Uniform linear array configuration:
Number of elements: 8
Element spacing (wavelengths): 0.75
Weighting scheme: kaiser
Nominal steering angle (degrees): -60
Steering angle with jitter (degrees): -60.057
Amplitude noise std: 0.05
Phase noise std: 0.05

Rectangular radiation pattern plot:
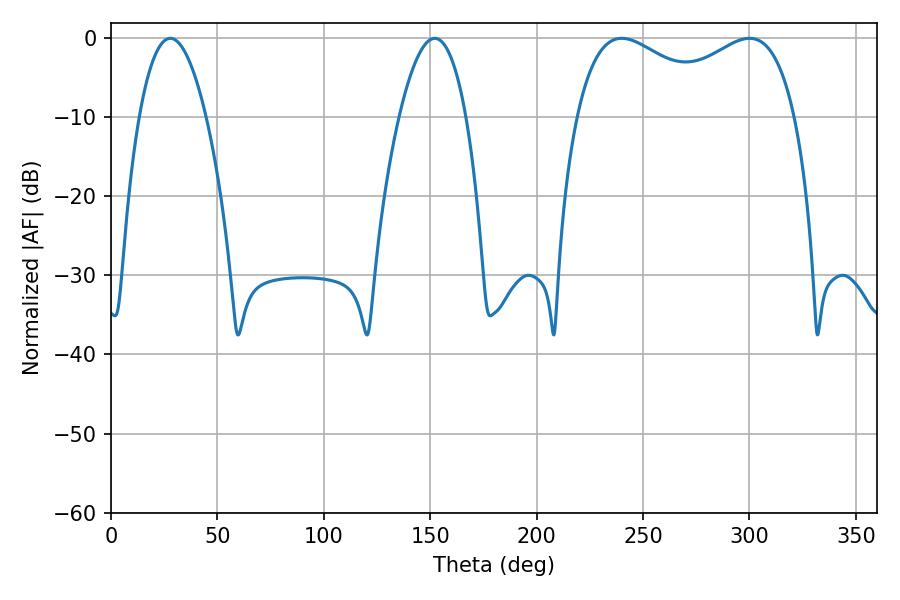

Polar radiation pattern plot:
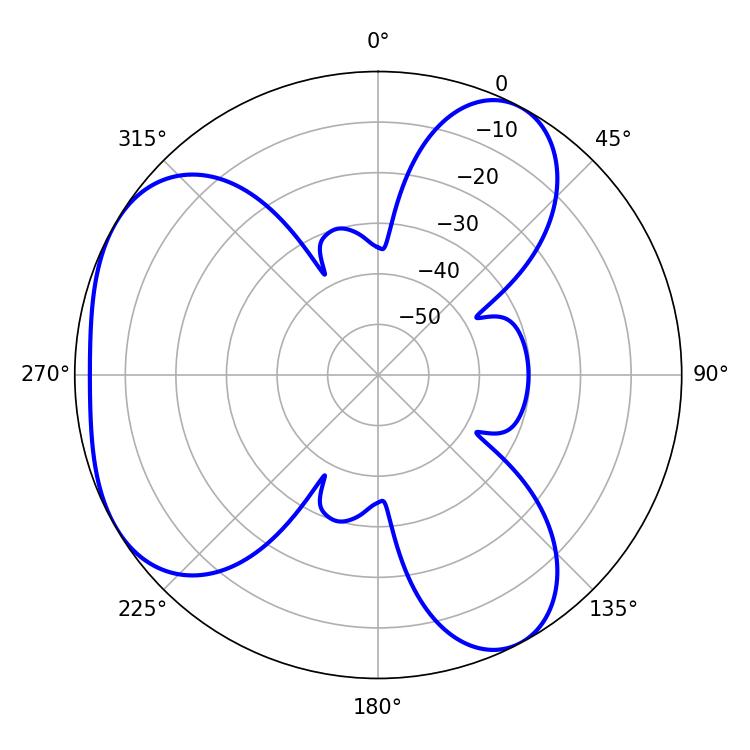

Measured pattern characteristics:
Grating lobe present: TRUE
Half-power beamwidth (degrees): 85.68
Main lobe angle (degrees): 300.06